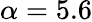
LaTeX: \alpha=5.6